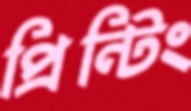
প্রিন্টিং